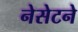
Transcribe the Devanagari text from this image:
नेसेटने